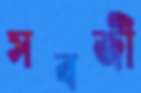
সবজী